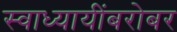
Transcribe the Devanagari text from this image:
स्वाध्यायींबरोबर